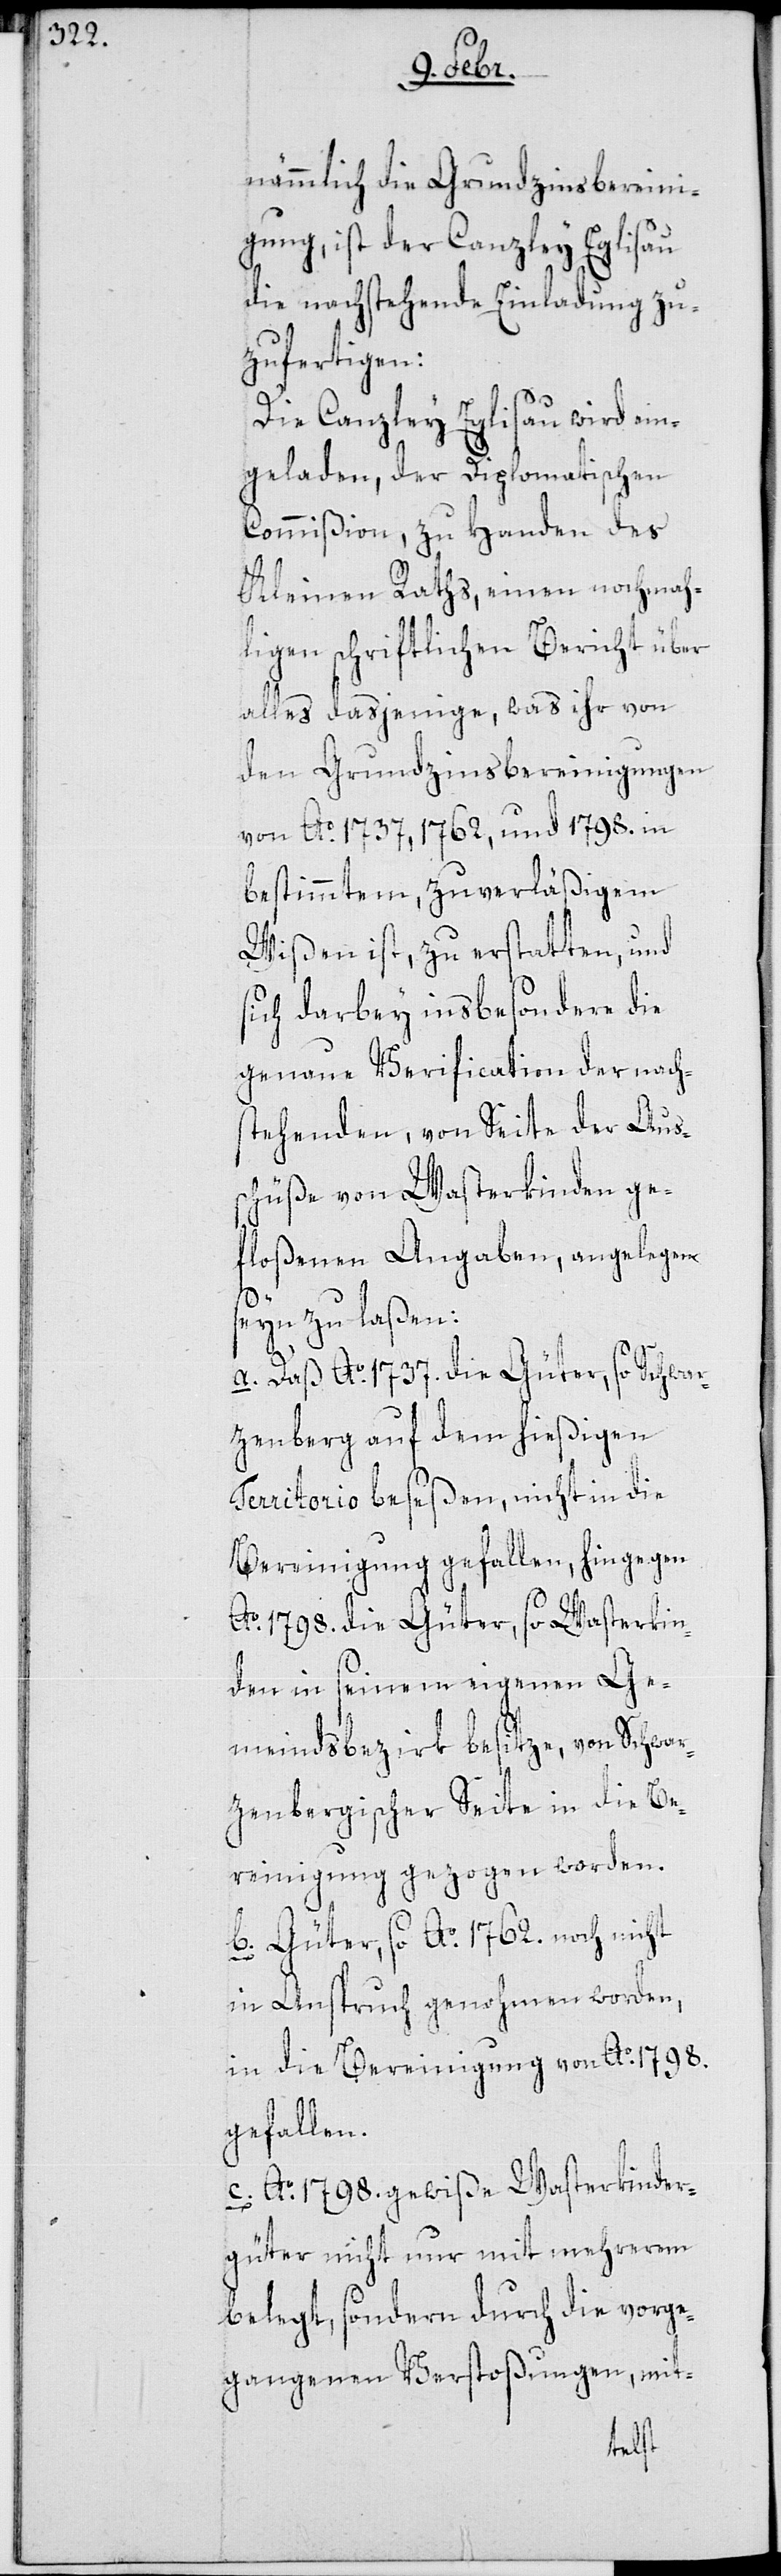
nämmlich die Grundzinsbereini¬
gung, ist der Canzley Eglisau
die nachstehende Einladung zu¬
zufertigen:
Die Canzley Eglisau wird ein¬
geladen, der Diplomatischen
Commißion, zu Handen des
Kleinen Raths, einen nochmah¬
ligen schriftlichen Bericht über
alles dasjenige, was ihr von
den Grundzinsbereinigungen
von Ao 1737, 1762 und 1798. in
bestimmtem, zuverläßigem
Wißen ist, zu erstatten, und
sich darbey insbesondere die
genaue Verification der nach¬
stehenden, von Seite der Aus¬
schüße von Wasterkinden ge¬
floßenen Angaben, angelegen
seyn zu laßen:
a. Daß Ao 1737. die Güter, so Schwar¬
zenberg auf dem hießigen
Territorio beseßen, nicht in die
Bereinigung gefallen, hingegen
Ao 1798. die Güter, so Wasterkin¬
den in seinem eigenen Ge¬
meindsbezirk besitze, von Schwar¬
zenbergischer Seite in die Be¬
reinigung gezogen worden.
b. Güter, so Ao 1762. noch nicht
in Anspruch genohmen worden,
in die Bereinigung von Ao 1798.
gefallen.
c. Ao 1798. gewiße Wasterkinder¬
güter nicht nur mit mehrerem
belegt, sondern durch die vorge¬
gangenen Verstoßungen, mit-